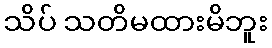
သိပ် သတိမထားမိဘူး